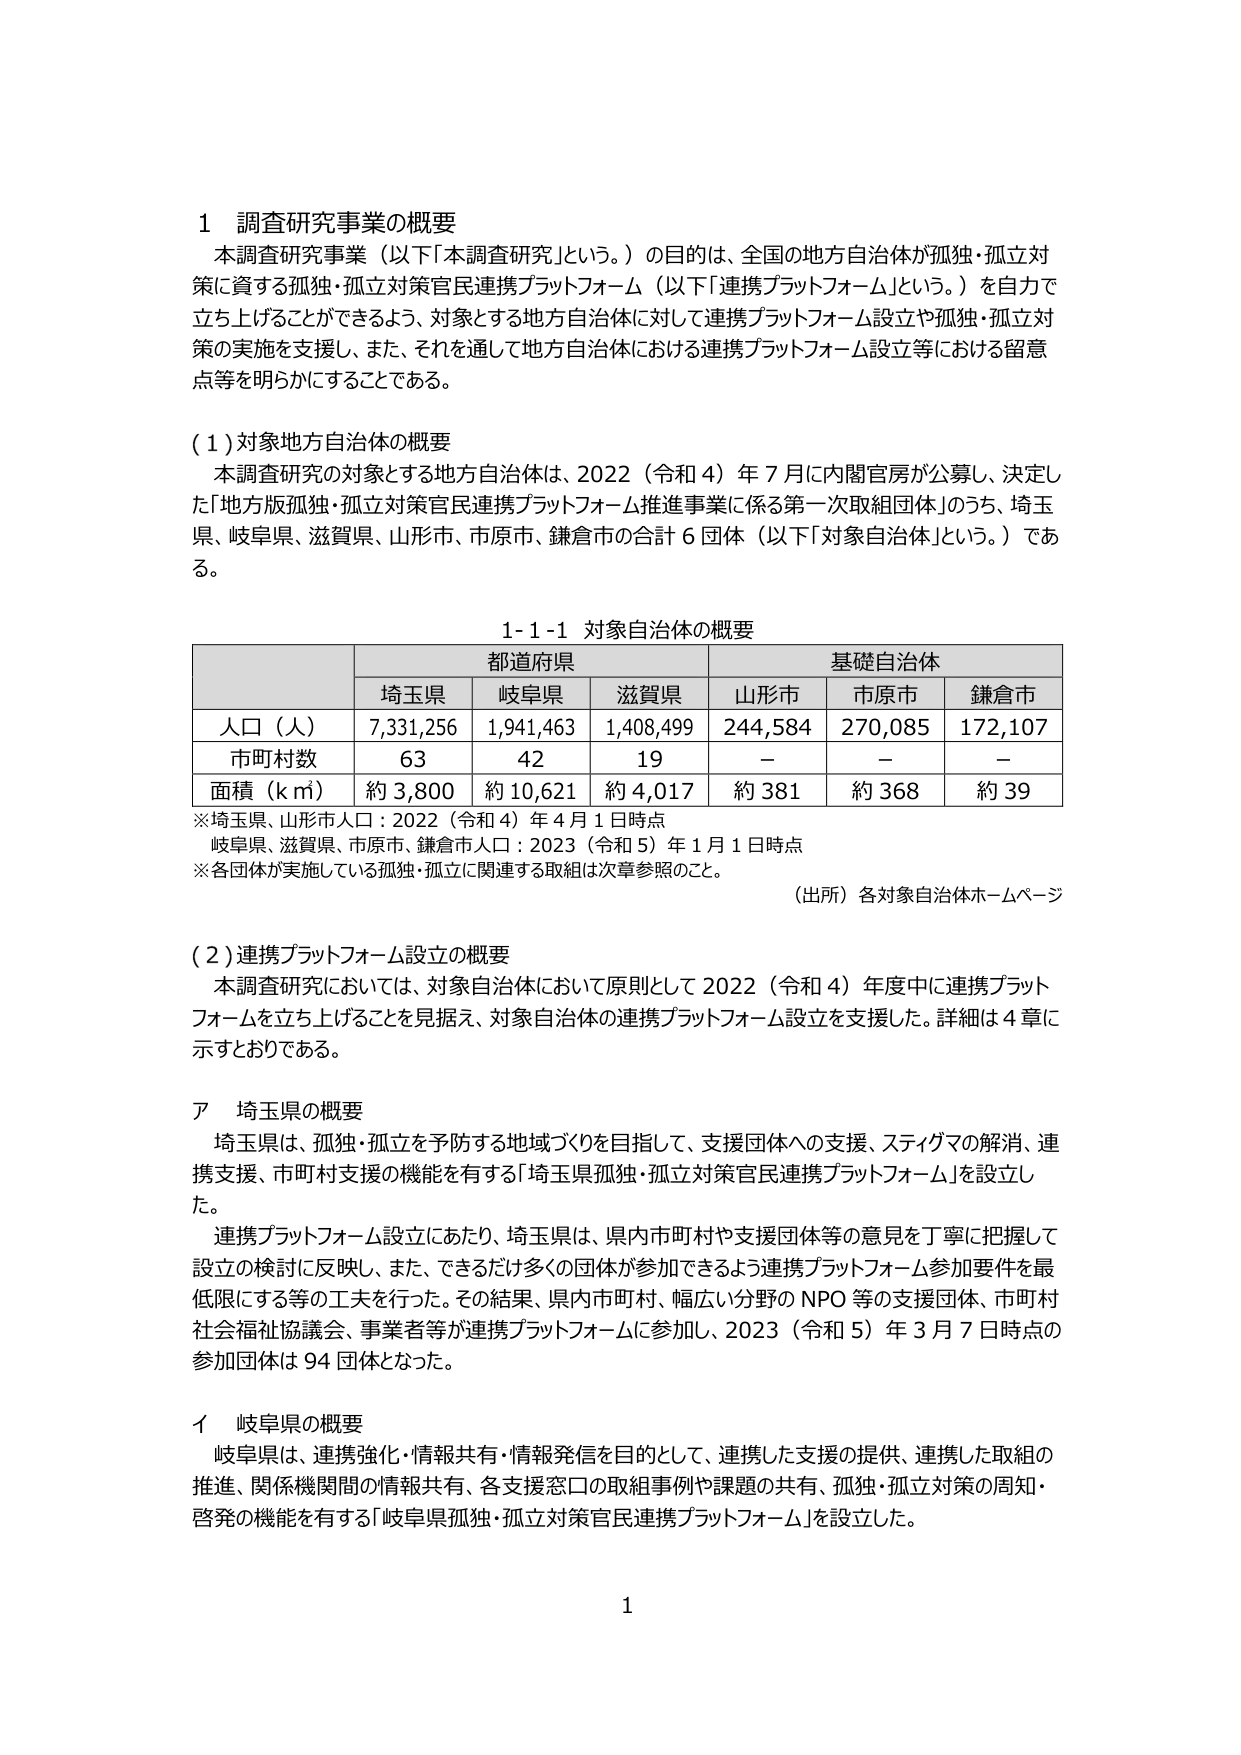
1 調査研究事業の概要
本調査研究事業（以下「本調査研究」という。）の目的は、全国の地方自治体が孤独・孤立対策に資する孤独・孤立対策官民連携プラットフォーム（以下「連携プラットフォーム」という。）を自力で立ち上げることができるよう、対象とする地方自治体に対して連携プラットフォーム設立や孤独・孤立対策の実施を支援し、また、それを通して地方自治体における連携プラットフォーム設立等における留意点等を明らかにすることである。

(1) 対象地方自治体の概要
本調査研究の対象とする地方自治体は、2022（令和4）年7月に内閣官房が公募し、決定した「地方版孤独・孤立対策官民連携プラットフォーム推進事業に係る第一次取組団体」のうち、埼玉県、岐阜県、滋賀県、山形市、市原市、鎌倉市の合計6団体（以下「対象自治体」という。）である。

1-1-1 対象自治体の概要

| | 都道府県 | 基礎自治体 |
|---|---|---|
| | 埼玉県 | 岐阜県 | 滋賀県 | 山形市 | 市原市 | 鎌倉市 |
| 人口（人） | 7,331,256 | 1,941,463 | 1,408,499 | 244,584 | 270,085 | 172,107 |
| 市町村数 | 63 | 42 | 19 | － | － | － |
| 面積（km²） | 約3,800 | 約10,621 | 約4,017 | 約381 | 約368 | 約39 |

※埼玉県、山形市人口：2022（令和4）年4月1日時点
　岐阜県、滋賀県、市原市、鎌倉市人口：2023（令和5）年1月1日時点
※各団体が実施している孤独・孤立に関連する取組は次章参照のこと。
（出所）各対象自治体ホームページ

(2) 連携プラットフォーム設立の概要
本調査研究においては、対象自治体において原則として2022（令和4）年度中に連携プラットフォームを立ち上げることを見据え、対象自治体の連携プラットフォーム設立を支援した。詳細は4章に示すとおりである。

ア 埼玉県の概要
埼玉県は、孤独・孤立を予防する地域づくりを目指して、支援団体への支援、ステイグマの解消、連携支援、市町村支援の機能を有する「埼玉県孤独・孤立対策官民連携プラットフォーム」を設立した。
連携プラットフォーム設立にあたり、埼玉県は、県内市町村や支援団体等の意見を丁寧に把握して設立の検討に反映し、また、できるだけ多くの団体が参加できるよう連携プラットフォーム参加要件を最低限にする等の工夫を行った。その結果、県内市町村、幅広い分野のNPO等の支援団体、市町村社会福祉協議会、事業者等が連携プラットフォームに参加し、2023（令和5）年3月7日時点の参加団体は94団体となった。

イ 岐阜県の概要
岐阜県は、連携強化・情報共有・情報発信を目的として、連携した支援の提供、連携した取組の推進、関係機関間の情報共有、各支援窓口の取組事例や課題の共有、孤独・孤立対策の周知・啓発の機能を有する「岐阜県孤独・孤立対策官民連携プラットフォーム」を設立した。

1